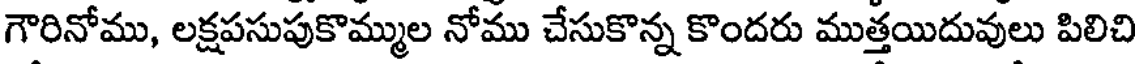
గౌరినోము, లక్షపసుపుకొమ్ముల నోము చేసుకొన్న కొందరు ముత్తయిదువులు పిలిచి